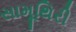
સામૂથિરી